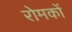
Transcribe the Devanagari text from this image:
रोमकों